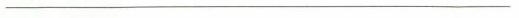
________________________